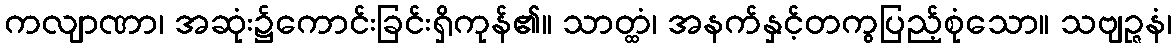
ကလျာဏာ၊ အဆုံး၌ကောင်းခြင်းရှိကုန်၏။ သာတ္ထံ၊ အနက်နှင့်တကွပြည့်စုံသော။ သဗျဉ္ဇနံ၊